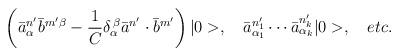
LaTeX: \begin{align*}\left( \bar{a}_{\alpha}^{n^{\prime}}\bar{b}^{m^{\prime}\beta}-\frac{1}{C}\delta_{\alpha}^{\,\beta}\bar{a}^{n^{\prime}}\cdot\bar{b}^{m^{\prime}}\right) |0>,\quad\bar{a}_{\alpha_{1}}^{n_{1}^{\prime}}\cdots\bar{a}_{\alpha_{k}}^{n_{k}^{\prime}}|0>,\quad etc.\end{align*}